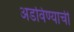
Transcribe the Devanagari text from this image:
अडविण्याची